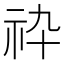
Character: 𥘧